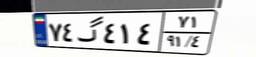
۷۴گ۴۱۴۷۱